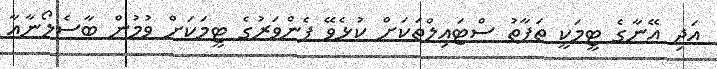
އަދި އޭނާގެ ޓީމަކީ ތަފާތު ސްޓައިލްތަކަށް ކުޅެވޭ ފެންވަރުގެ ޓީމަކަށް ވުމުން ބާސެލޯނާއާ